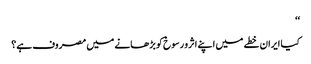
‘‘
کیا ایران خطے میں اپنے اثرو رسوخ کو بڑھانے میں مصروف ہے؟